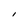
Character: I